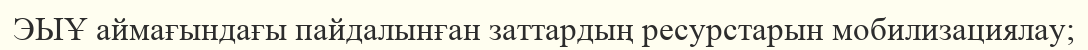
ЭЫҰ аймағындағы пайдалынған заттардың ресурстарын мобилизациялау;